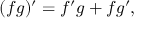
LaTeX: ( f g ) ^ { \prime } = f ^ { \prime } g + f g ^ { \prime } ,